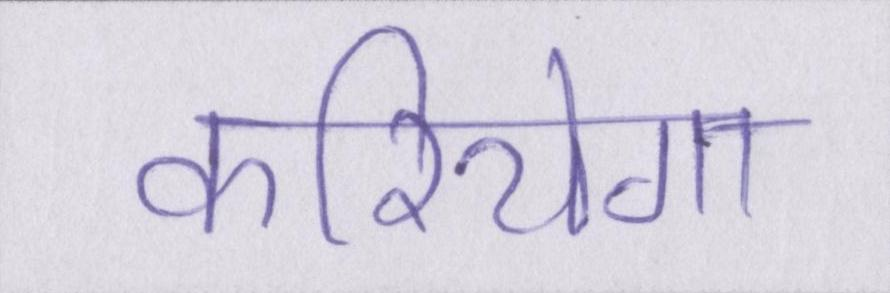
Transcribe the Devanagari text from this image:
करियेगा